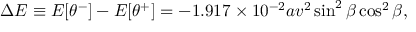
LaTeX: \Delta { \cal E } \equiv { \cal E } [ \theta ^ { - } ] - { \cal E } [ \theta ^ { + } ] = - 1 . 9 1 7 \times 1 0 ^ { - 2 } a v ^ { 2 } \sin ^ { 2 } \beta \cos ^ { 2 } \beta ,